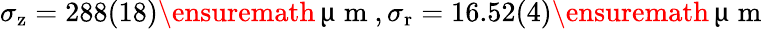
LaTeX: \sigma_{\mathrm{z}}=288(18)\ensuremath{\, \upmu\mathrm{~m~}},\sigma_{\mathrm{r}}=16.52(4)\ensuremath{\, \upmu\mathrm{~m~}}